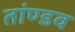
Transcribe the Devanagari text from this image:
तांण्डव